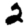
Digit: 2